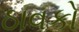
ઠાવકો